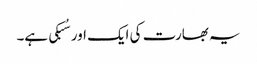
یہ بھارت کی ایک اور سُبکی ہے۔